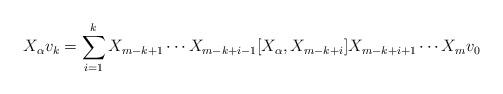
LaTeX: \begin{align*} X_{\alpha} v_k = \sum_{i=1}^{k} X_{m-k+1} \cdots X_{m-k+i-1} [ X_{\alpha} , X_{m-k+i} ] X_{m-k+i+1} \cdots X_m v_0\end{align*}